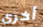
أخرى